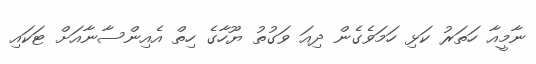
ނާމީއާ ހަތަރު ކަޅި ހަމަވެގެން ދިއަ ވަގުތު ޔޫހާގެ ހިތް އެއިންސާނާއަށް ޓަކައި